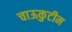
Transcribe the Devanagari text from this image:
चाऊकुटीम